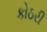
કોઠરી